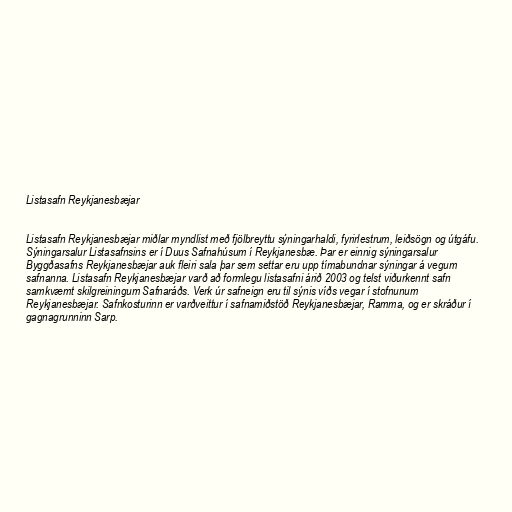
Listasafn Reykjanesbæjar

Listasafn Reykjanesbæjar miðlar myndlist með fjölbreyttu sýningarhaldi, fyrirlestrum, leiðsögn og útgáfu.
Sýningarsalur Listasafnsins er í Duus Safnahúsum í Reykjanesbæ. Þar er einnig sýningarsalur
Byggðasafns Reykjanesbæjar auk fleiri sala þar sem settar eru upp tímabundnar sýningar á vegum
safnanna. Listasafn Reykjanesbæjar varð að formlegu listasafni árið 2003 og telst viðurkennt safn
samkvæmt skilgreiningum Safnaráðs. Verk úr safneign eru til sýnis víðs vegar í stofnunum
Reykjanesbæjar. Safnkosturinn er varðveittur í safnamiðstöð Reykjanesbæjar, Ramma, og er skráður í
gagnagrunninn Sarp.